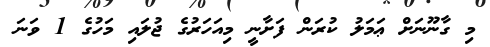
މި ގާނޫނަށް ޢަމަލު ކުރަން ފަށާނީ މިއަހަރުގެ ޖުލައި މަހުގެ 1 ވަނަ